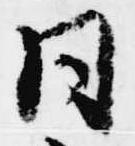
同